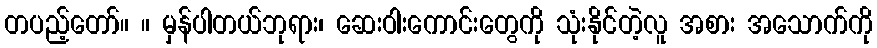
တပည့်တော်။ ။ မှန်ပါတယ်ဘုရား၊ ဆေးဝါးကောင်းတွေကို သုံးနိုင်တဲ့လူ အစား အသောက်ကို